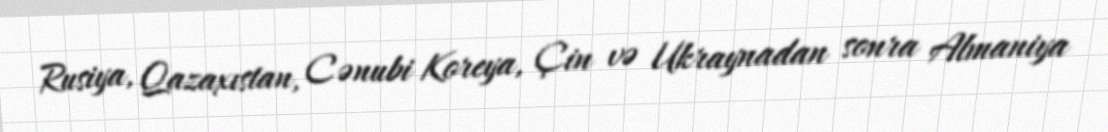
Rusiya, Qazaxıstan, Cənubi Koreya, Çin və Ukraynadan sonra Almaniya